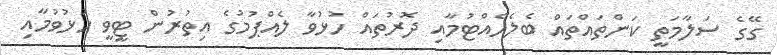
ގޭގެ ސަލާމަތީ ކަންތައްތައް ބެލެހެއްޓުމާއި ދޮރުތައް ހުޅުވާ ލެއްޕުމުގެ އިތުރުން ޓީވީ ހުޅުވުމާއި